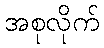
အစုလိုက်